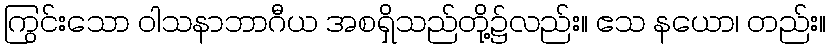
ကြွင်းသော ဝါသနာဘာဂီယ အစရှိသည်တို့၌လည်း။ ဧသ နယော၊ တည်း။